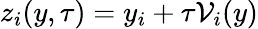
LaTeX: z_{i}(y,\tau)=y_{i}+\tau\mathcal{V}_{i}(y)